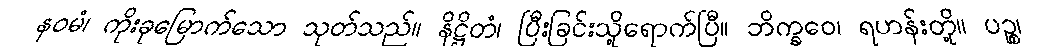
နဝမံ၊ ကိုးခုမြောက်သော သုတ်သည်။ နိဋ္ဌိတံ၊ ပြီးခြင်းသို့ရောက်ပြီ။ ဘိက္ခဝေ၊ ရဟန်းတို့။ ပဉ္စ၊